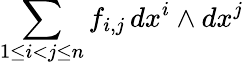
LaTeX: \sum_{1\leq i<j\leq n}f_{i,j}\, dx^{i}\wedge dx^{j}